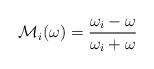
LaTeX: \begin{align*}{\cal M}_{i}(\omega )={\frac{\omega _{i}-\omega }{\omega _{i}+\omega }}\end{align*}